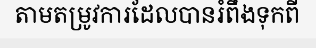
តាមតម្រូវការដែលបានរំពឹងទុកពី